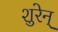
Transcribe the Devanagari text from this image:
शुरेन्